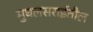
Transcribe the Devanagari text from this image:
मुघलसराईतील